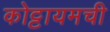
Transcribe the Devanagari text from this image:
कोट्टायमची